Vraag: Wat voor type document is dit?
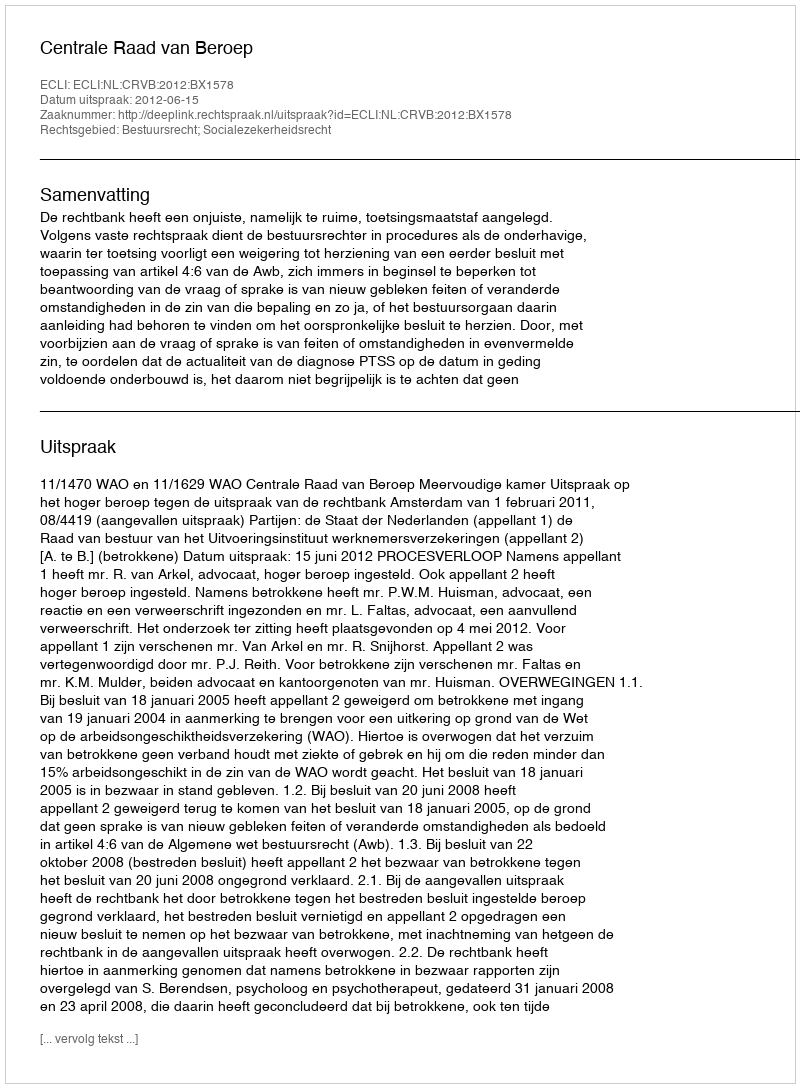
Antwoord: Uitspraak